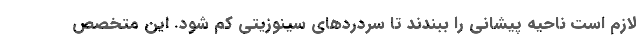
لازم است ناحیه پیشانی را ببندند تا سردردهای سینوزیتی کم شود. این متخصص